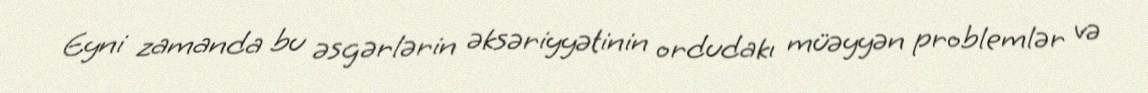
Eyni zamanda bu əsgərlərin əksəriyyətinin ordudakı müəyyən problemlər və